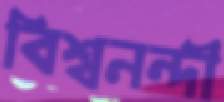
বিশ্বনন্দী